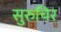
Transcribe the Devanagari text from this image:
सुरुचिर